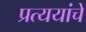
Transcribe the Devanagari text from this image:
प्रत्ययांचे